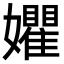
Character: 㜹